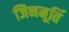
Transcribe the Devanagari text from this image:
जिनमूर्ति